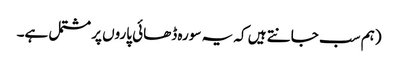
(ہم سب جانتے ہیں کہ یہ سورہ ڈھائی پاروں پر مشتمل ہے۔